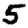
Digit: 5